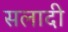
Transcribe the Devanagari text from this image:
सलादी